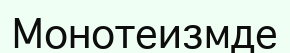
Монотеизмде